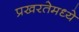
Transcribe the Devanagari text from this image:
प्रखरतेमध्ये